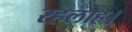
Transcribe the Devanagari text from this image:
रहलाह।